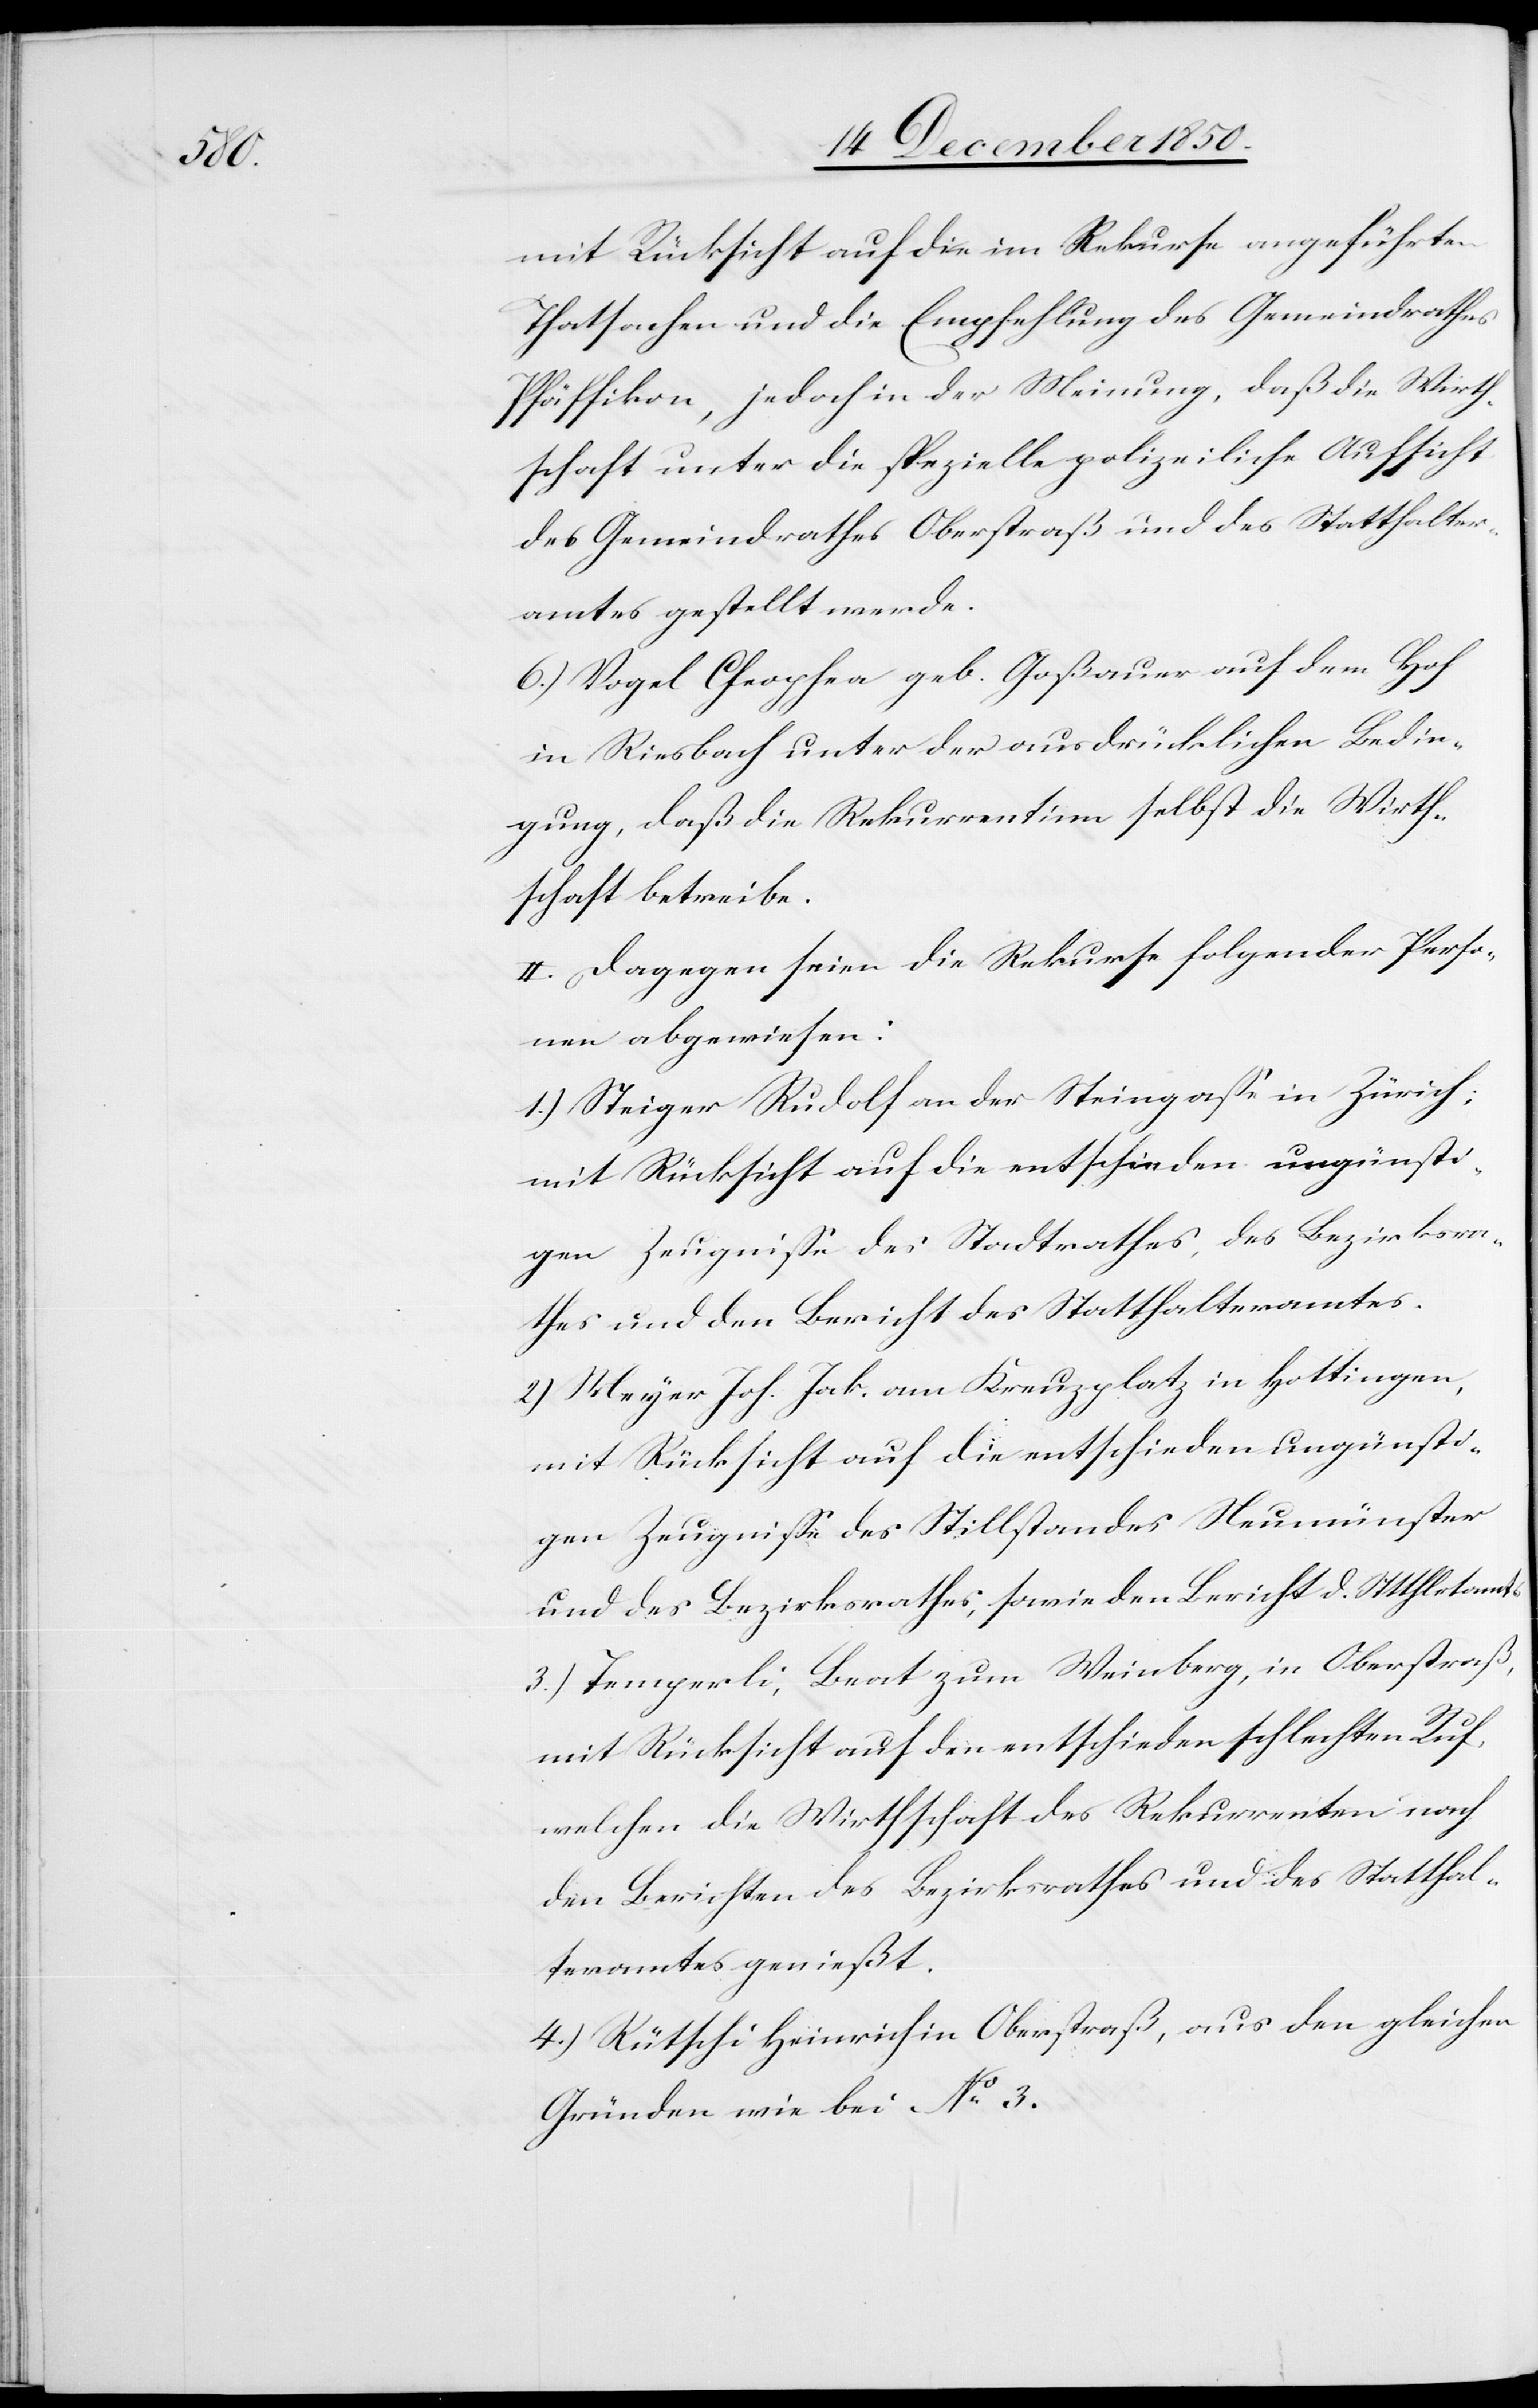
mit Rücksicht auf die im Rekurse angeführten
Thatsachen und die Empfehlung des Gemeindrathes
Pfäffikon, jedoch in der Meinung, daß die Wirth¬
schaft unter die spezielle polizeiliche Aufsicht
des Gemeindrathes Oberstraß und des Statthalter¬
amtes gestellt werde.
[?recte: Clophea] geb. Goßauer auf dem Hof
in Riesbach unter der ausdrücklichen Bedin¬
gung, daß die Rekurrentinn selbst die Wirth¬
schaft betreibe.
II. Dagegen seien die Rekurse folgender Perso¬
nen abgewiesen:
1.) Steiger Rudolf an der Steingasse in Zürich;
mit Rücksicht auf die entschieden ungünsti¬
gen Zeugnisse des Stadtrathes, des Bezirksra¬
thes und den Bericht des Statthalteramtes.
2.) Meyer Joh. Jak. am Kreuzplatz in Hottingen,
mit Rücksicht auf die entschieden ungünsti¬
gen Zeugnisse des Stillstandes Neumünster
und des Bezirksrathes, sowie den Bericht d. Sttthlrtamts
3.) Temperli, Beat zum Weinberg, in Oberstraß,
mit Rücksicht auf den entschieden schlechten Ruf,
welchen die Wirthschaft des Rekurrenten nach
den Berichten des Bezirksrathes und des Statthal¬
teramtes genießt.
4.) Rütschi Heinrich in Oberstraß, aus den gleichen
Gründen wie bei No 3.